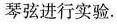
琴弦进行实验。